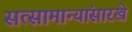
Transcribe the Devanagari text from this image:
सत्सामान्यांसारखे